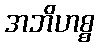
အဘိဟစ္စ